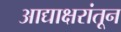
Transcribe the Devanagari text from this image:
आद्याक्षरांतून